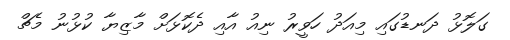
ގަލޮޅު ދަނޑުގައި މިއަދު ހަވީރު ނިއު އާއި ދެކޮޅަށް މާޒިޔާ ކުޅުނު މެޗް